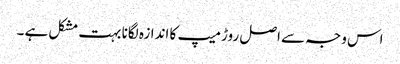
اس وجہ سے اصل روڑ میپ کا اندازہ لگانا بہت مشکل ہے ۔